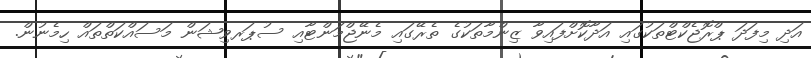
އަދި މިފަދަ ޕްރޮޖެކްޓްތަކުގައި އަދާކޮށްފައިވާ ޒިންމާތަކުގެ ތެރޭގައި މެނޭޖްމަންޓާއި ސުޕަރވިޝަން މަސައްކަތްތައް ހިމެނުން.